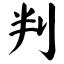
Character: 判